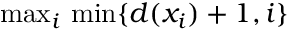
{ \mathrm { m a x } } _ { i } { \mathrm { ~ m i n } } \{ d ( x _ { i } ) + 1 , i \}